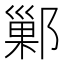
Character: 鄛